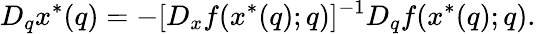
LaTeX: D_{q}x^{*}(q)=-[D_{x}f(x^{*}(q);q)]^{-1}D_{q}f(x^{*}(q);q).